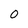
Character: 0